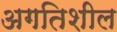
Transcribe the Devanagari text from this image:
अगतिशील